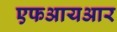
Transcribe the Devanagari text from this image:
एफआयआर